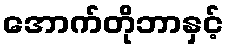
အောက်တိုဘာနှင့်